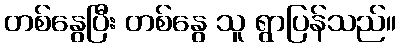
တစ်နွေပြီး တစ်နွေ သူ ရွာပြန်သည်။